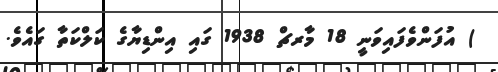
) އުފަންވެފައިވަނީ 18 މާރޗް 1938 ގައި އިންޑިޔާގެ ކަލްކަތާ ގައެވެ.